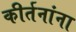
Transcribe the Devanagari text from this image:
कीर्तनांना